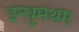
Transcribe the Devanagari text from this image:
इन्धुमथम